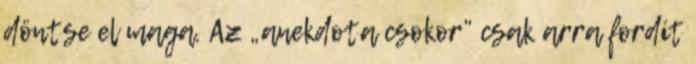
döntse el maga. Az „anekdota csokor” csak arra fordít